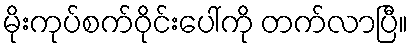
မိုးကုပ်စက်ဝိုင်းပေါ်ကို တက်လာပြီ။